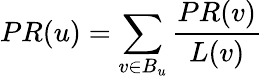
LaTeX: PR(u)=\sum_{v\in B_{u}}{\frac{PR(v)}{L(v)}}